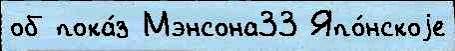
об пока́з Мэнсона33 Япо́нскоjе